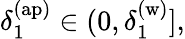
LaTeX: \delta_{1}^{\mathrm{(ap)}}\in(0,\delta_{1}^{\mathrm{(w)}}],